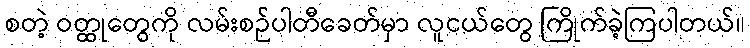
စတဲ့ ဝတ္ထုတွေကို လမ်းစဉ်ပါတီခေတ်မှာ လူငယ်တွေ ကြိုက်ခဲ့ကြပါတယ်။